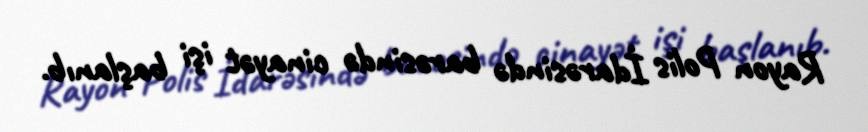
Rayon Polis İdarəsində barəsində cinayət işi başlanıb.